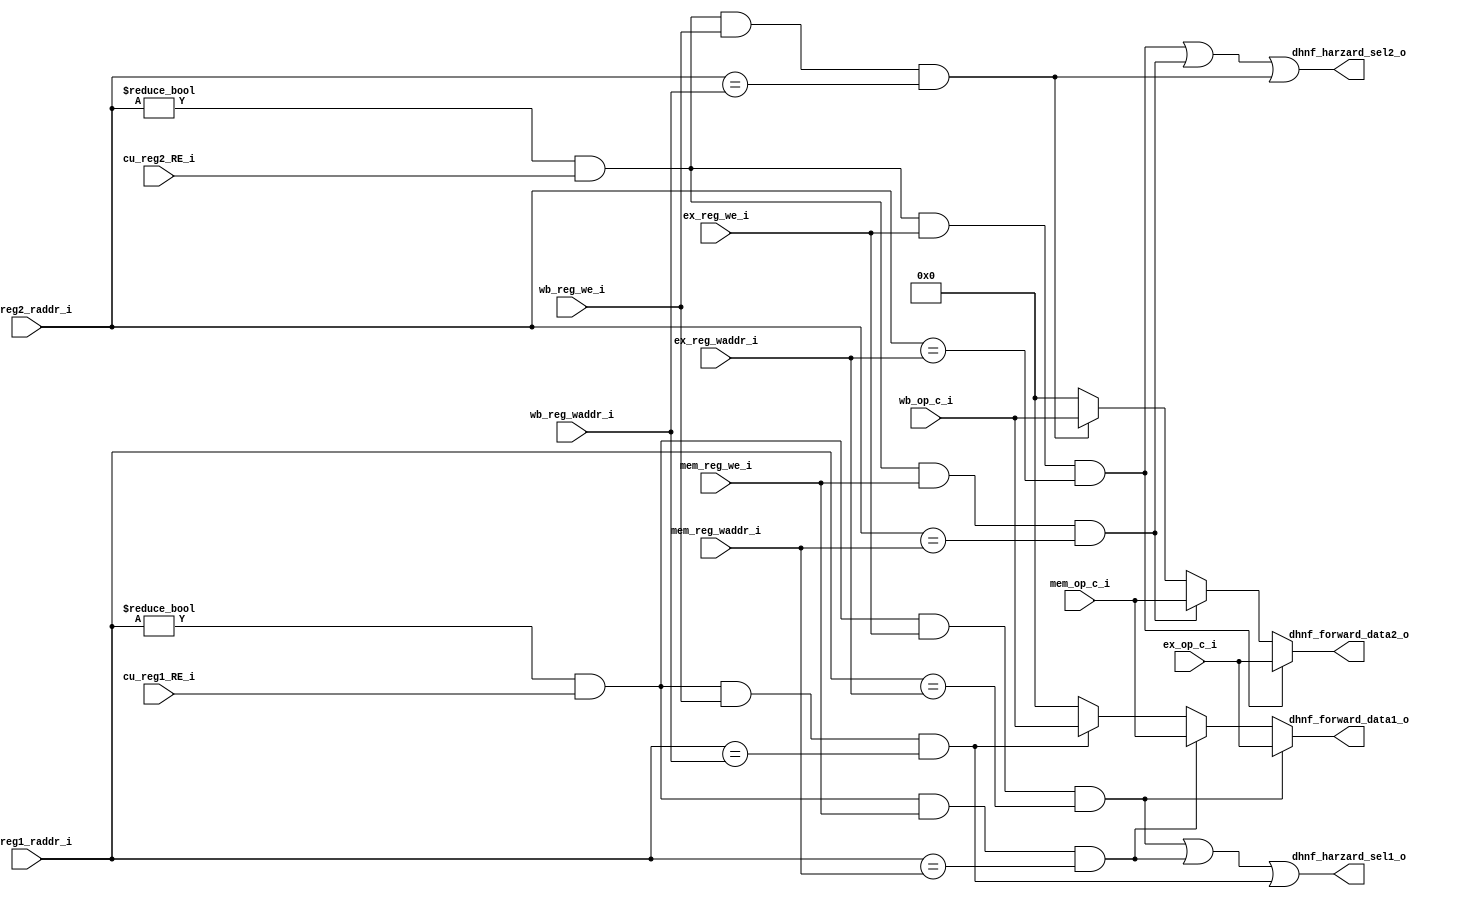
module Data_Hazard_N_Forward(
    //from id
    input   wire            [4:0]   id_reg1_raddr_i,
    input   wire            [4:0]   id_reg2_raddr_i,
    //from cu                                            //tell whether id need to get reg's value
    input   wire                    cu_reg1_RE_i,
    input   wire                    cu_reg2_RE_i,
    //from ex
    input   wire            [4:0]   ex_reg_waddr_i,
    input   wire            [31:0]  ex_op_c_i,
    input   wire                    ex_reg_we_i,
    //from mem
    input   wire            [4:0]   mem_reg_waddr_i,
    input   wire            [31:0]  mem_op_c_i,
    input   wire                    mem_reg_we_i,
    //from wb
    input   wire            [4:0]   wb_reg_waddr_i,
    input   wire            [31:0]  wb_op_c_i,
    input   wire                    wb_reg_we_i,
    //to id
    output  wire                    dhnf_harzard_sel1_o,
    output  wire                    dhnf_harzard_sel2_o,
    
    output  wire            [31:0]  dhnf_forward_data1_o,
    output  wire            [31:0]  dhnf_forward_data2_o
);


    //1-hazard 0-nohazard
    wire    reg1_id_ex_hazard = (id_reg1_raddr_i != 5'b0) && cu_reg1_RE_i && ex_reg_we_i &&    
        (id_reg1_raddr_i == ex_reg_waddr_i);


    wire    reg2_id_ex_hazard = (id_reg2_raddr_i != 5'b0) && cu_reg2_RE_i && ex_reg_we_i && 
        (id_reg2_raddr_i == ex_reg_waddr_i);

    
    wire    reg1_id_mem_hazard = (id_reg1_raddr_i != 5'b0) && cu_reg1_RE_i && mem_reg_we_i &&    
        (id_reg1_raddr_i == mem_reg_waddr_i);


    wire    reg2_id_mem_hazard = (id_reg2_raddr_i != 5'b0) && cu_reg2_RE_i && mem_reg_we_i && 
        (id_reg2_raddr_i == mem_reg_waddr_i);

    wire    reg1_id_wb_hazard = (id_reg1_raddr_i != 5'b0) && cu_reg1_RE_i && wb_reg_we_i &&    
        (id_reg1_raddr_i == wb_reg_waddr_i);


    wire    reg2_id_wb_hazard = (id_reg2_raddr_i != 5'b0) && cu_reg2_RE_i && wb_reg_we_i && 
        (id_reg2_raddr_i == wb_reg_waddr_i);

    
    assign dhnf_harzard_sel1_o = reg1_id_ex_hazard | reg1_id_mem_hazard |
        reg1_id_wb_hazard;

    assign dhnf_harzard_sel2_o = reg2_id_ex_hazard | reg2_id_mem_hazard |
        reg2_id_wb_hazard;

    
    //notice the complex way
    assign dhnf_forward_data1_o = reg1_id_ex_hazard ? ex_op_c_i : 
        reg1_id_mem_hazard ? mem_op_c_i :
        reg1_id_wb_hazard ? wb_op_c_i : 32'b0;

    assign dhnf_forward_data2_o = reg2_id_ex_hazard ? ex_op_c_i : 
        reg2_id_mem_hazard ? mem_op_c_i :
        reg2_id_wb_hazard ? wb_op_c_i : 32'b0;




endmodule